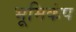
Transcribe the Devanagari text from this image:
भूमिकंप